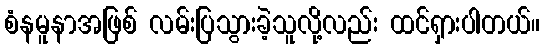
စံနမူနာအဖြစ် လမ်းပြသွားခဲ့သူလို့လည်း ထင်ရှားပါတယ်။